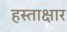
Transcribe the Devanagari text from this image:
हस्ताक्षार